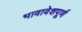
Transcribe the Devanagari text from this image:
भावावेशपूर्ण